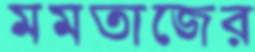
মমতাজের